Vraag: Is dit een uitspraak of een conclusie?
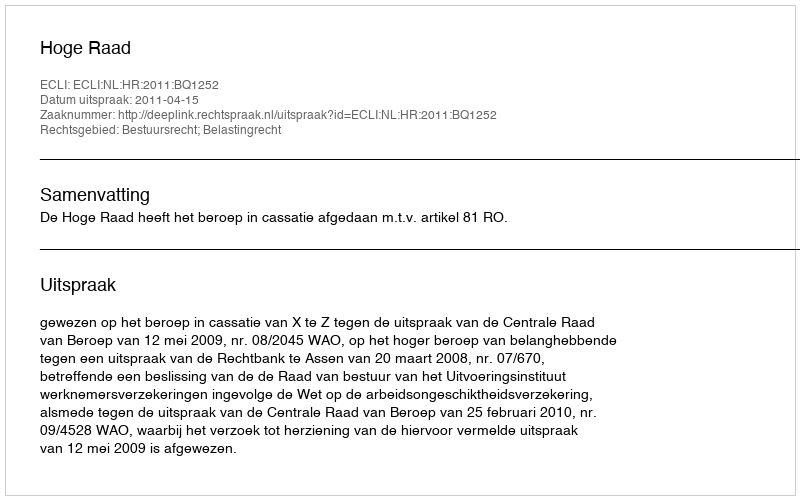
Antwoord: Uitspraak